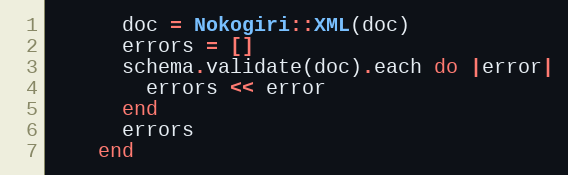
Language: Ruby
      doc = Nokogiri::XML(doc)
      errors = []
      schema.validate(doc).each do |error|
        errors << error
      end
      errors
    end